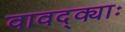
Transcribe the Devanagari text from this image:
वावद्क्याः